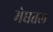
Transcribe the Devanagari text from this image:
मेघतल